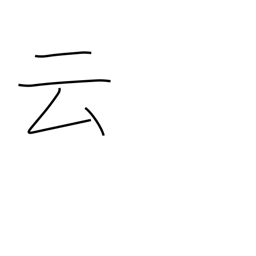
Meaning: say